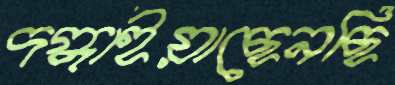
দগ্ধাইয়াছেনছি